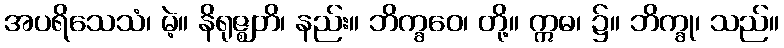
အပရိသေသံ၊ မဲ့။ နိရုဇ္ဈတိ၊ နည်း။ ဘိက္ခဝေ၊ တို့။ ဣဓ၊ ၌။ ဘိက္ခု၊ သည်။